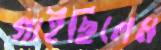
গাইছিলেম